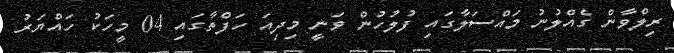
ރިލްވާން ގެއްލުނު މައްސަލާގައި ފުލުހުން ވަނީ މިދިއަ ހަފްތާގައި 04 މީހަކު ހައްޔަރު